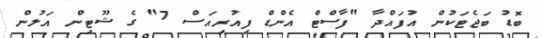
ބޮޑު ބަޖެޓަކުން އުފައްދާ "ފާސްޓް އެންޑް ފިއުރިއަސް 7" ގެ ޝޫޓިން އަލުން